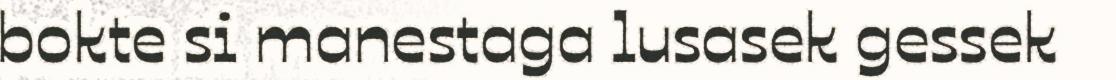
bokte si manestaga lusasek gessek